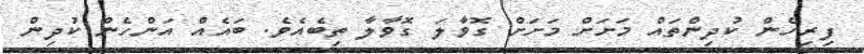
ފިރިހެން ކުދިންތައް މަށަށް މަށަށް ގޮވާލަ ގޮވާލާ ތިބެއެވެ. ބައެއް އަންހެން ކުދިން